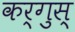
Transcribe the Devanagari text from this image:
कर्गुस्